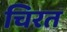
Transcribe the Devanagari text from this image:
चिरत